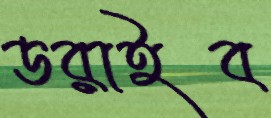
ডরাইব